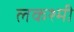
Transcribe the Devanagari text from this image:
लकश्मी